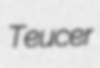
Teucer